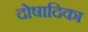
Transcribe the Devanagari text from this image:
दोषादिका